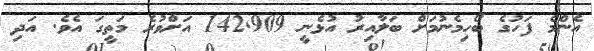
އެންމެ ފަހުގެ ބޯހިމެނުމަށް ބަލާއިރު އުޅެނީ 142